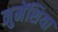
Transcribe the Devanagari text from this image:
नुमेंशिया